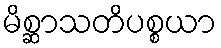
မိစ္ဆာသတိပစ္စယာ